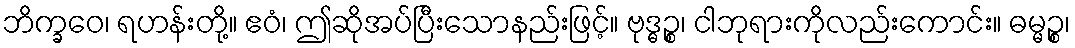
ဘိက္ခဝေ၊ ရဟန်းတို့။ ဧဝံ၊ ဤဆိုအပ်ပြီးသောနည်းဖြင့်။ ဗုဒ္ဓဉ္စ၊ ငါဘုရားကိုလည်းကောင်း။ ဓမ္မဉ္စ၊